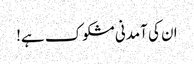
ان کی آمدنی مشکوک ہے!